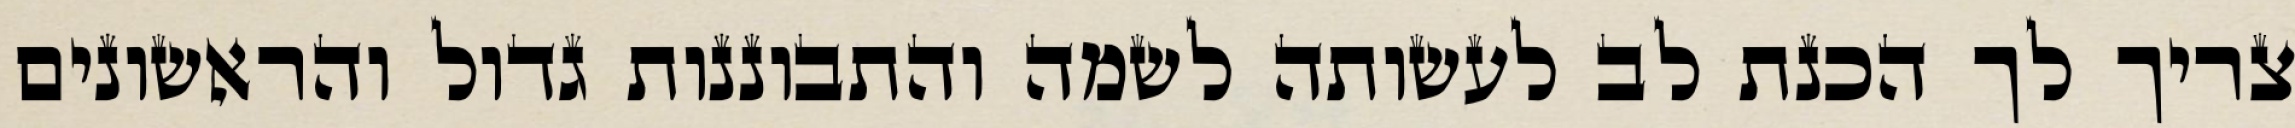
צריך לך הכנת לב לעשותה לשמה והתבוננות גדול והראשונים